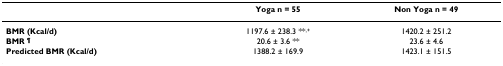
|  | Yoga n = 55 | Non Yoga n = 49 |
 | --- | --- | --- |
 | BMR (Kcal/d) | 1197.6 ± 238.3 **,+ | 1420.2 ± 251.2 |
 | BMR ¶ | 20.6 ± 3.6 ** | 23.6 ± 4.6 |
 | Predicted BMR (Kcal/d) | 1388.2 ± 169.9 | 1423.1 ± 151.5 |